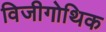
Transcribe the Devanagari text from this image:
विजीगोथिक